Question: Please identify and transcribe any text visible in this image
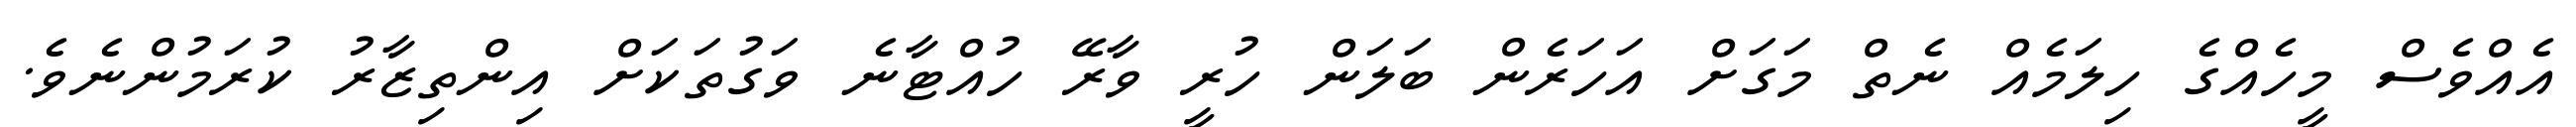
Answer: އެއްވެސް މީހެއްގެ ހިލަމެއް ނެތް މަގަށް އަހަރެން ބަލަން ހުރީ ވާރޭ ހުއްޓާނެ ވަގުތަކަށް އިންތިޒާރު ކުރަމުންނެވެ.